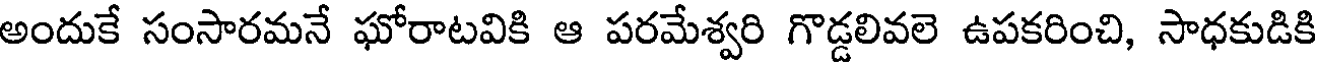
అందుకే సంసారమనే ఘోరాటవికి ఆ పరమేశ్వరి గొడ్డలివలె ఉపకరించి, సాధకుడికి